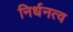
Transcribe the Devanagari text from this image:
निर्धनत्व